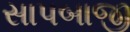
સાપબાજી